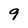
Character: 9